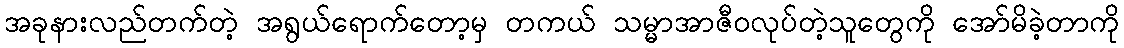
အခုနားလည်တက်တဲ့ အရွယ်ရောက်တော့မှ တကယ် သမ္မာအာဇီဝလုပ်တဲ့သူတွေကို အော်မိခဲ့တာကို